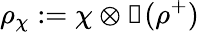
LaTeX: \rho_{\chi}:=\chi\otimes\mathbb{1}(\rho^{+})